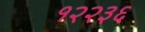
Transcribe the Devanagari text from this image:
१२२३६